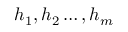
h _ { 1 } , h _ { 2 } \ldots , h _ { m }